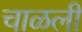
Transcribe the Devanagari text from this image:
चाळली